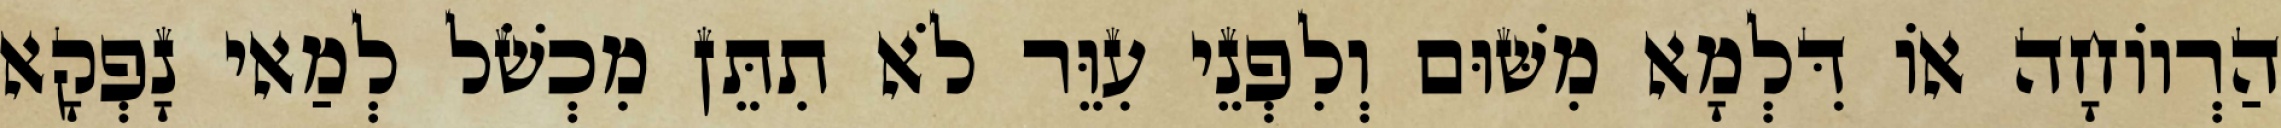
הַרְווֹחָה אוֹ דִּלְמָא מִשּׁוּם וְלִפְנֵי עִוֵּר לֹא תִתֵּן מִכְשֹׁל לְמַאי נָפְקָא